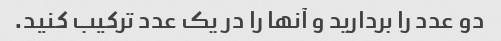
دو عدد را بردارید و آنها را در یک عدد ترکیب کنید.